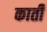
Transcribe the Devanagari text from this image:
कार्ती